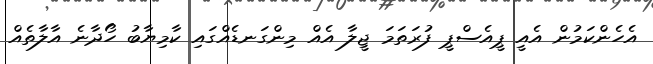
އެހެންކަމުން އެއީ ޕީއެސްޕީ ފުރަތަމަ ޖީލާ އެއް މިންގަނޑެއްގައި ކާމިޔާބު ހޯދާނެ އާލާތެއް